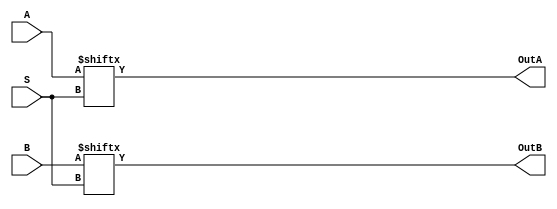
module Dual4to1Mux(OutA, OutB, S, A, B);
input [1:0] S;
input [3:0] A, B;
output OutA, OutB;

assign OutA = A[S];
assign OutB = B[S];
endmodule